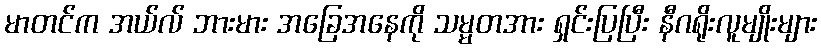
မာတင်က အယ်လ် ဘားမား အခြေအနေကို သမ္မတအား ရှင်းပြပြီး နီဂရိုးလူမျိုးများ